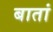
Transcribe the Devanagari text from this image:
बातां